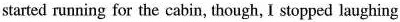
started running for the cabin, though, I stopped laughing